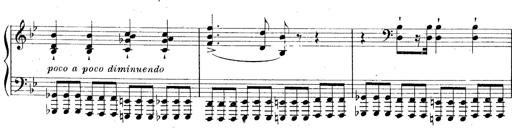
Title: La Marseillaise
Composer: Franz Liszt
Key: B-flat major